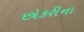
છોકરીના